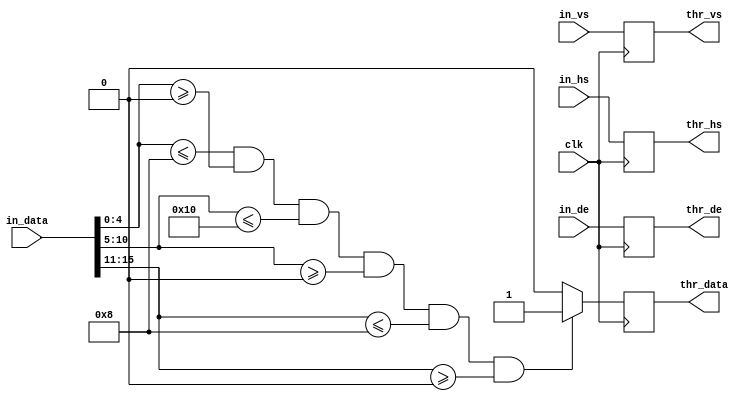
module cam_thrould(
	input 		 clk,

	input [15:0] in_data,
	input 		 in_hs,in_vs,in_de,

	output reg   thr_data,thr_de,thr_vs,thr_hs );
	//RGB
	parameter threshold_red_min   = 5'd0;
	parameter threshold_red_max   = 5'd8; //0 - 31
	parameter threshold_green_min = 6'd0;
	parameter threshold_green_max = 6'd16; //0 - 63
	parameter threshold_blue_min  = 5'd0;
	parameter threshold_blue_max  = 5'd8; //0 - 31
	
	always@(posedge clk)
	begin
		if(in_data[4:0] <= threshold_blue_max & in_data[4:0] >= threshold_blue_min 
		& in_data[10:5] <= threshold_green_max & in_data[10:5] >= threshold_green_min 
		& in_data[15:11] <= threshold_red_max & in_data[15:11] >= threshold_red_min  )
		begin
			thr_data = 1'b1;
		end
		else
		begin
			thr_data = 1'b0;
		end

		thr_de <= in_de;
		thr_hs <= in_hs;
		thr_vs <= in_vs;
	end
	
endmodule